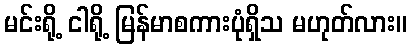
မင်းရို့ ငါရို့ မြန်မာစကားပုံရှိသ မဟုတ်လား။